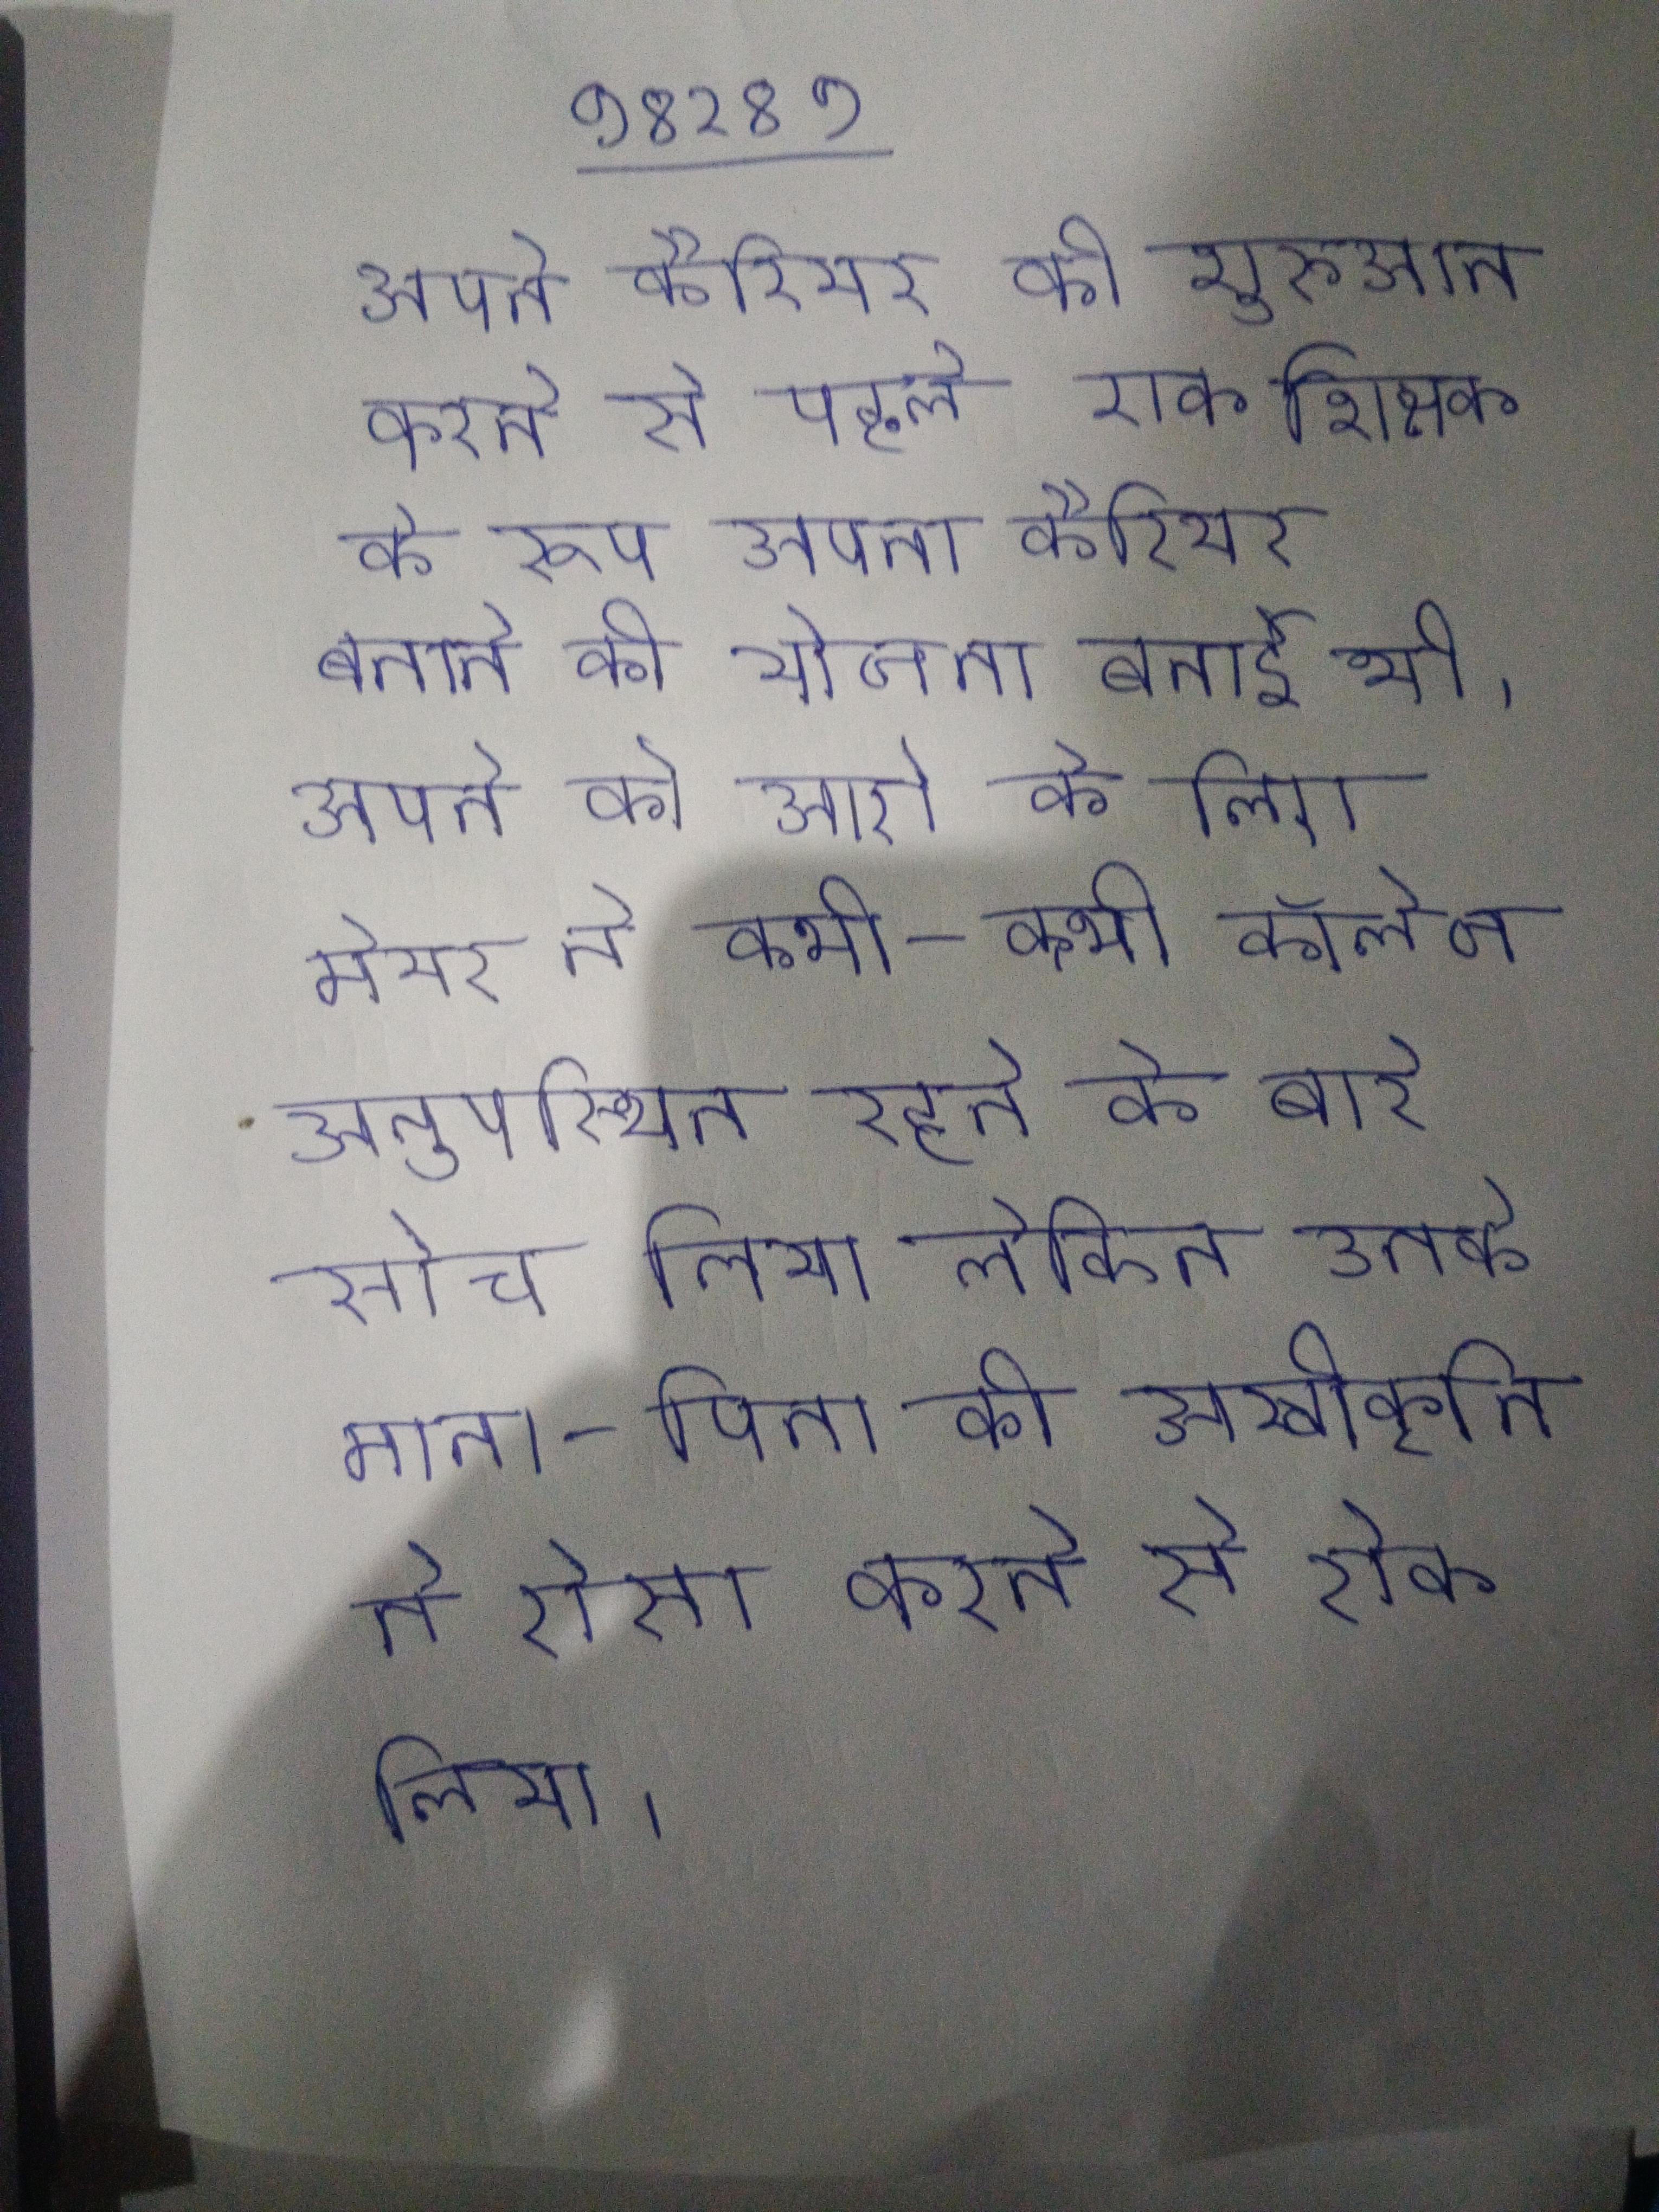
अपने कैरियर की शुरुआत करने से पहले, एक शिक्षक के रूप अपना कैरियर बनाने की योजना बनाई थी । अपने को आगे के लिए मेयर ने कभी-कभी कॉलेज अनुपस्थित रहने के बारे सोच लिया, लेकिन उनके माता-पिता की अस्वीकृति ने ऐसा करने से रोक लिया ।